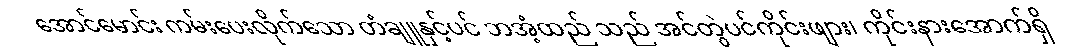
အောင်မောင်း ကမ်းပေးလိုက်သော တံချူနှင့်ပင် ဘအံ့ထည် သည် အင်တွဲပင်ကိုင်းဖျား၊ ကိုင်းနားအောက်ရှိ